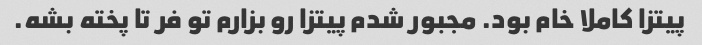
پیتزا کاملا خام بود. مجبور شدم پیتزا رو بزارم تو فر تا پخته بشه.